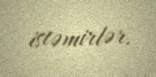
istəmirlər.